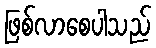
ဖြစ်လာစေပါသည်